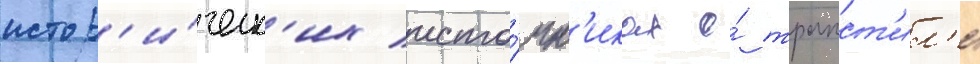
истор'и́ческ'их исто́чн'иках о́ трапст'ил'е